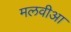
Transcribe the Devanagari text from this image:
मलवीआ